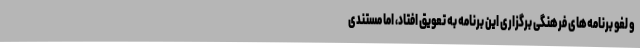
و لغو برنامه‌های فرهنگی برگزاری این برنامه به تعویق افتاد، اما مستندی